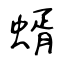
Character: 蝑